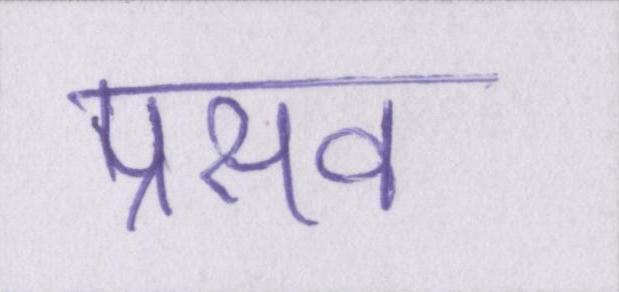
प्रसव